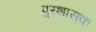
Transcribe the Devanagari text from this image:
पुरशासक